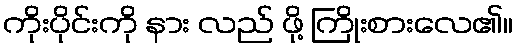
ကိုးပိုင်းကို နား လည် ဖို့ ကြိုးစားလေ၏။